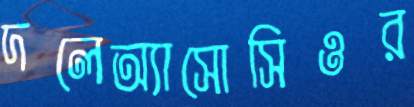
দলেঅ্যাসোসিওর